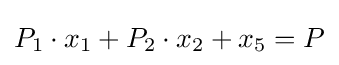
P_{1}\cdot x_{1}+P_{2}\cdot x_{2}+x_{5}=P